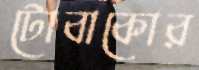
টোবাকোর